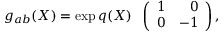
g _ { a b } ( X ) = \exp { q ( X ) } \; \; \left( \begin{array} { c r } { { 1 } } & { { 0 } } \\ { { 0 } } & { { - 1 } } \end{array} \right) ,